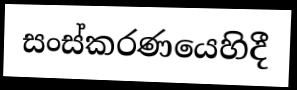
සංස්කරණයෙහිදී